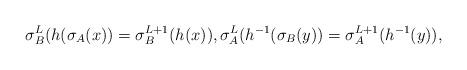
LaTeX: \begin{align*} \sigma_B^L(h(\sigma_A(x)) = \sigma_B^{L+1}(h(x)), \sigma_A^L(h^{-1}(\sigma_B(y)) = \sigma_A^{L+1}(h^{-1}(y)),\end{align*}